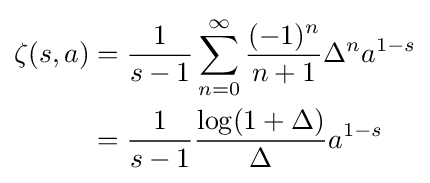
{\begin{aligned}\zeta (s,a)&={\frac {1}{s-1}}\sum _{n=0}^{\infty }{\frac {(-1)^{n}}{n+1}}\Delta ^{n}a^{1-s}\\&={\frac {1}{s-1}}{\log(1+\Delta ) \over \Delta }a^{1-s}\end{aligned}}